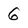
Character: G